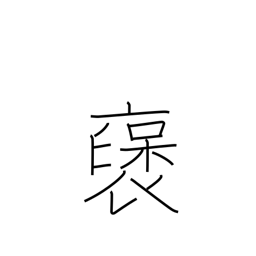
Meaning: praise